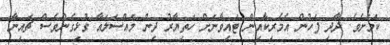
ކަމަށެވެ. ދާދި ފަހުން އެމެރިކާއިން ޓައިވާނަށް ހަތިޔާރު ދިން މައްސަލައާ ގުޅިގެންވެސް ޗައިނާ